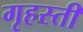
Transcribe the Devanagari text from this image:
गृहस्ती